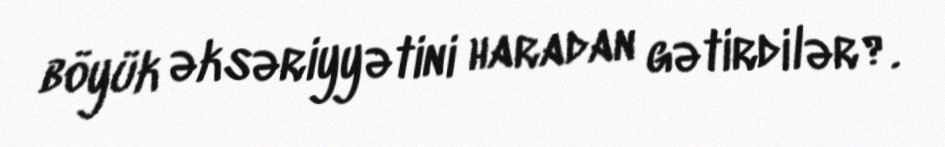
böyük əksəriyyətini haradan gətirdilər?.